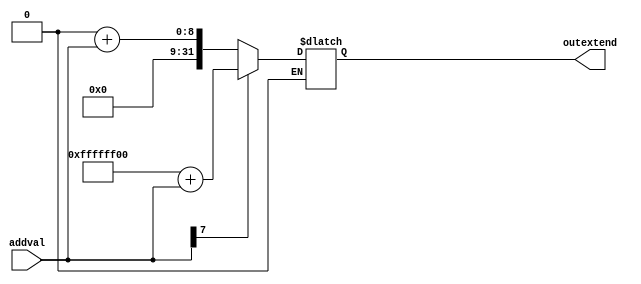
module signextend(input[7:0] addval, output[31:0] outextend);/*getting input value of j or beq and make it a 32 bit value and 
send it to the branch add module*/
	reg outextend;

	always@(*)begin
			if(addval[7]==0)begin
				outextend = 32'b0;
				outextend = outextend + addval;
			end
			if(addval[7]==1)begin //if add val starts with 1
				outextend = 32'b11111111111111111111111100000000;
				outextend = outextend + addval;
			end
	end

endmodule